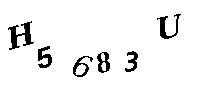
H5683U